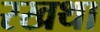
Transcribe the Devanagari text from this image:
रखथा